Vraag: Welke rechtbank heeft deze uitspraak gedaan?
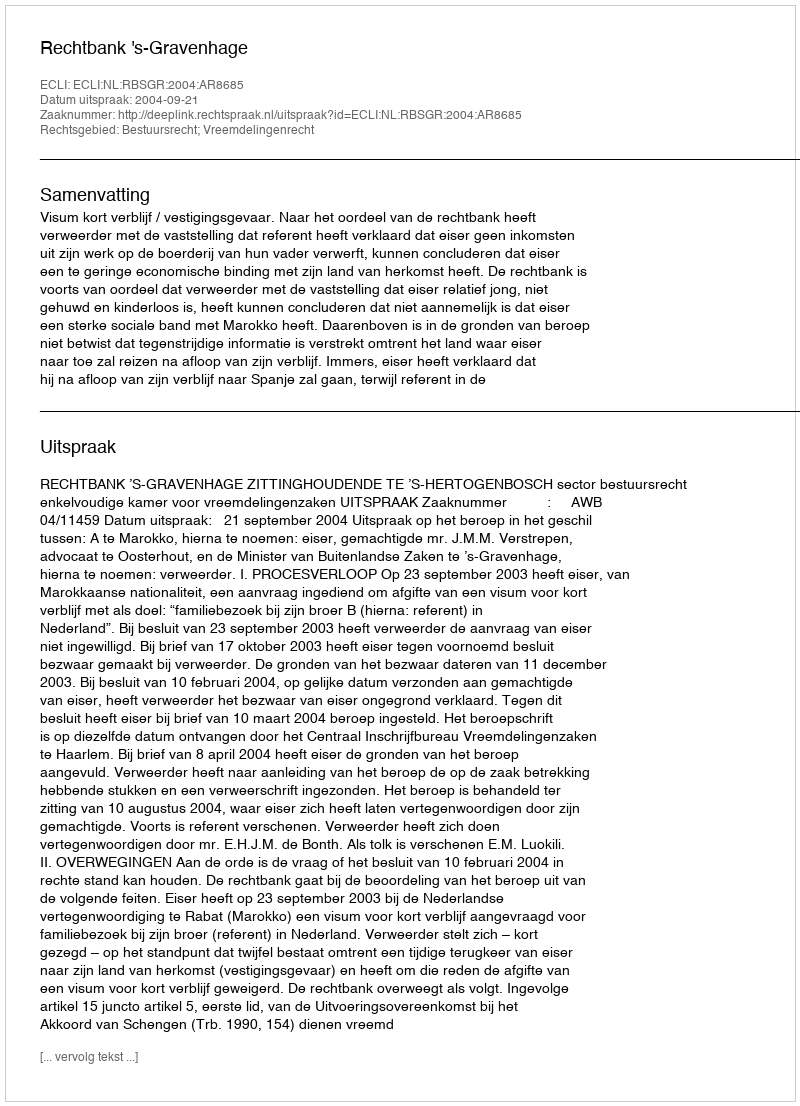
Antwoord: Rechtbank 's-Gravenhage